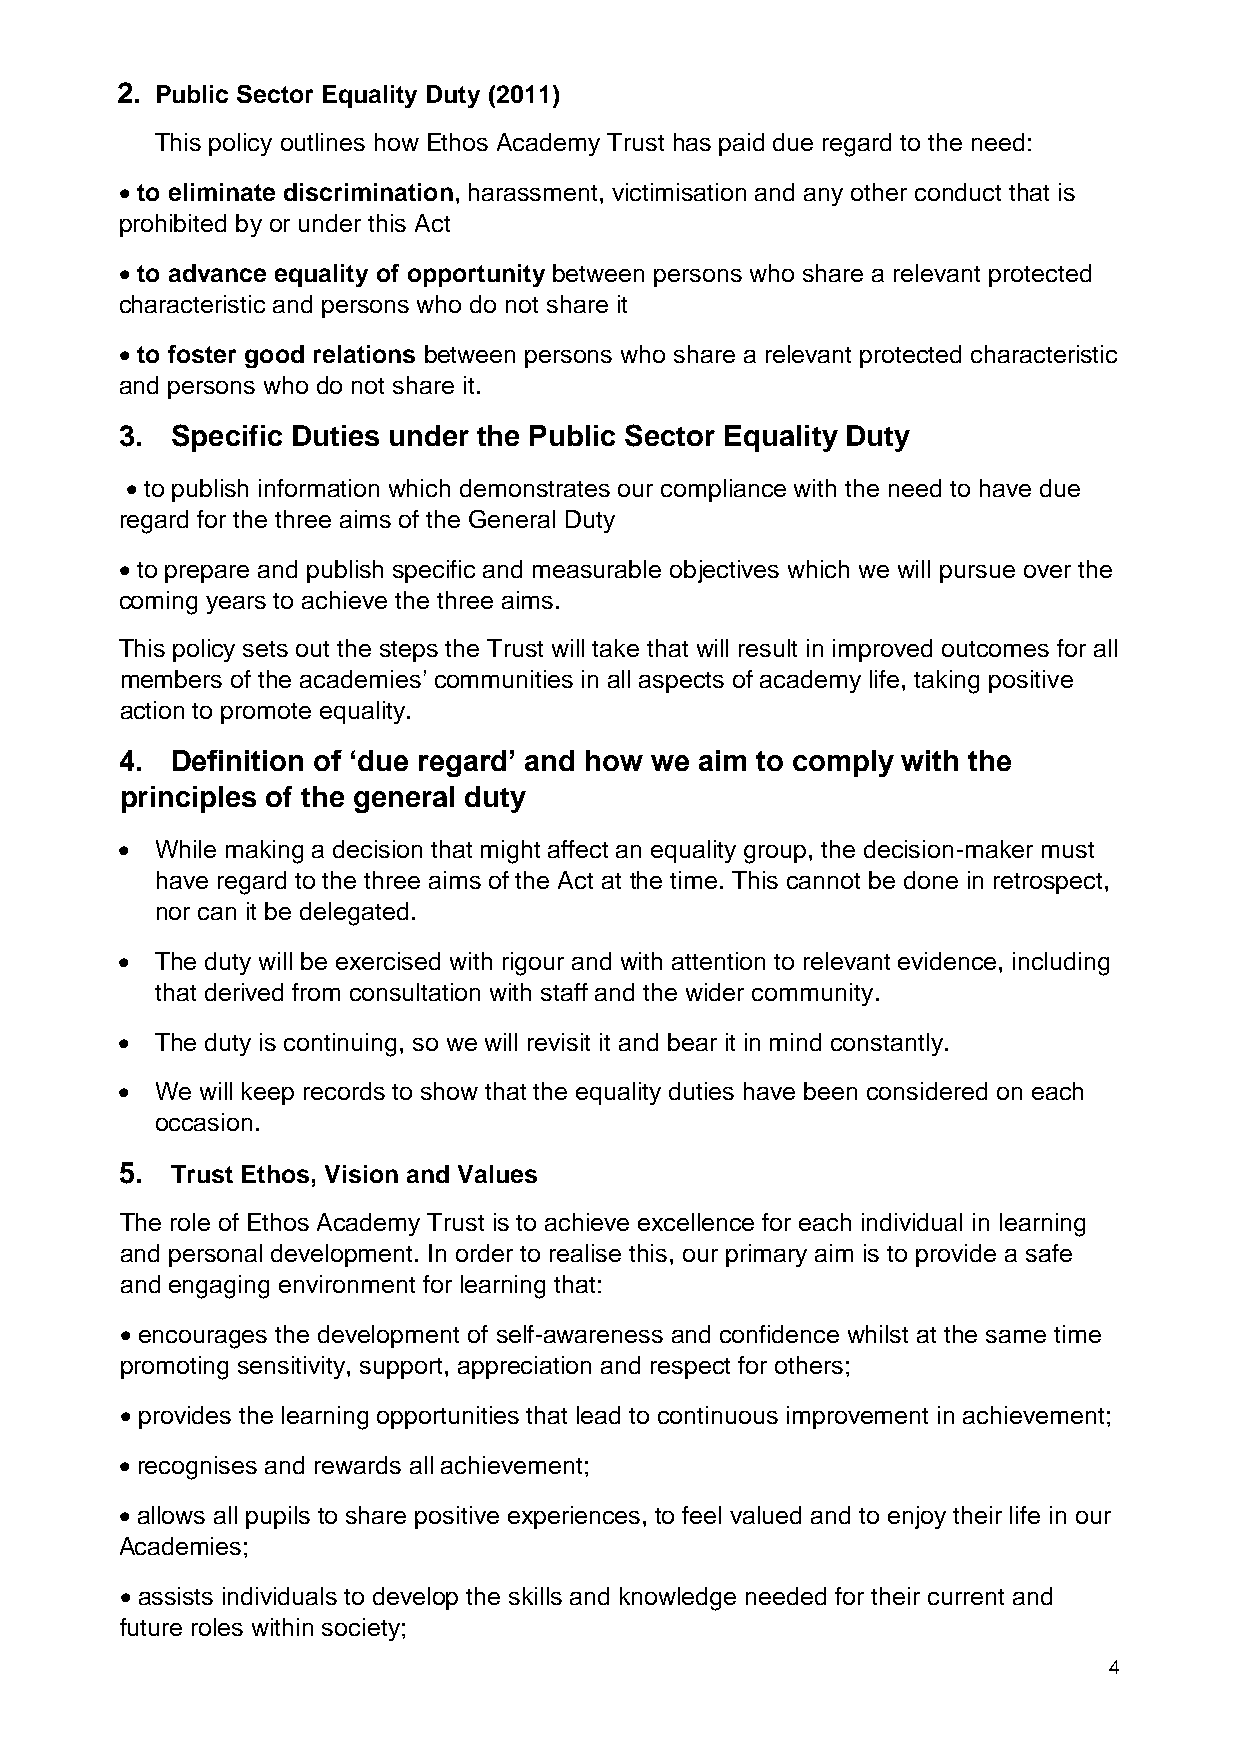
2. Public Sector Equality Duty (2011)
 This policy outlines how Ethos Academy Trust has paid due regard to the need:
 • to eliminate discrimination, harassment, victimisation and any other conduct that is
 prohibited by or under this Act
 • to advance equality of opportunity between persons who share a relevant protected
 characteristic and persons who do not share it
 • to foster good relations between persons who share a relevant protected characteristic
 and persons who do not share it.
 3. Specific Duties under the Public Sector Equality Duty
 • to publish information which demonstrates our compliance with the need to have due
 regard for the three aims of the General Duty
 • to prepare and publish specific and measurable objectives which we will pursue over the
 coming years to achieve the three aims.
 This policy sets out the steps the Trust will take that will result in improved outcomes for all
 members of the academies’ communities in all aspects of academy life, taking positive
 action to promote equality.
 4. Definition of ‘due regard’ and how we aim to comply with the
 principles of the general duty
 • While making a decision that might affect an equality group, the decision-maker must
 have regard to the three aims of the Act at the time. This cannot be done in retrospect,
 nor can it be delegated.
 • The duty will be exercised with rigour and with attention to relevant evidence, including
 that derived from consultation with staff and the wider community.
 • The duty is continuing, so we will revisit it and bear it in mind constantly.
 • We will keep records to show that the equality duties have been considered on each
 occasion.
 5. Trust Ethos, Vision and Values
 The role of Ethos Academy Trust is to achieve excellence for each individual in learning
 and personal development. In order to realise this, our primary aim is to provide a safe
 and engaging environment for learning that:
 • encourages the development of self-awareness and confidence whilst at the same time
 promoting sensitivity, support, appreciation and respect for others;
 • provides the learning opportunities that lead to continuous improvement in achievement;
 • recognises and rewards all achievement;
 • allows all pupils to share positive experiences, to feel valued and to enjoy their life in our
 Academies;
 • assists individuals to develop the skills and knowledge needed for their current and
 future roles within society;
 4